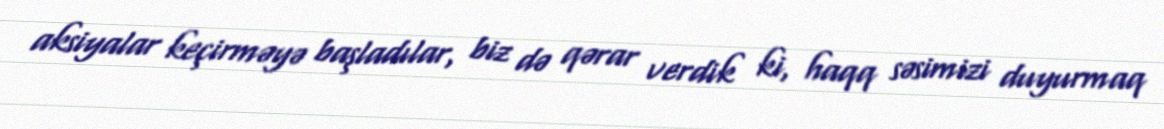
aksiyalar keçirməyə başladılar, biz də qərar verdik ki, haqq səsimizi duyurmaq